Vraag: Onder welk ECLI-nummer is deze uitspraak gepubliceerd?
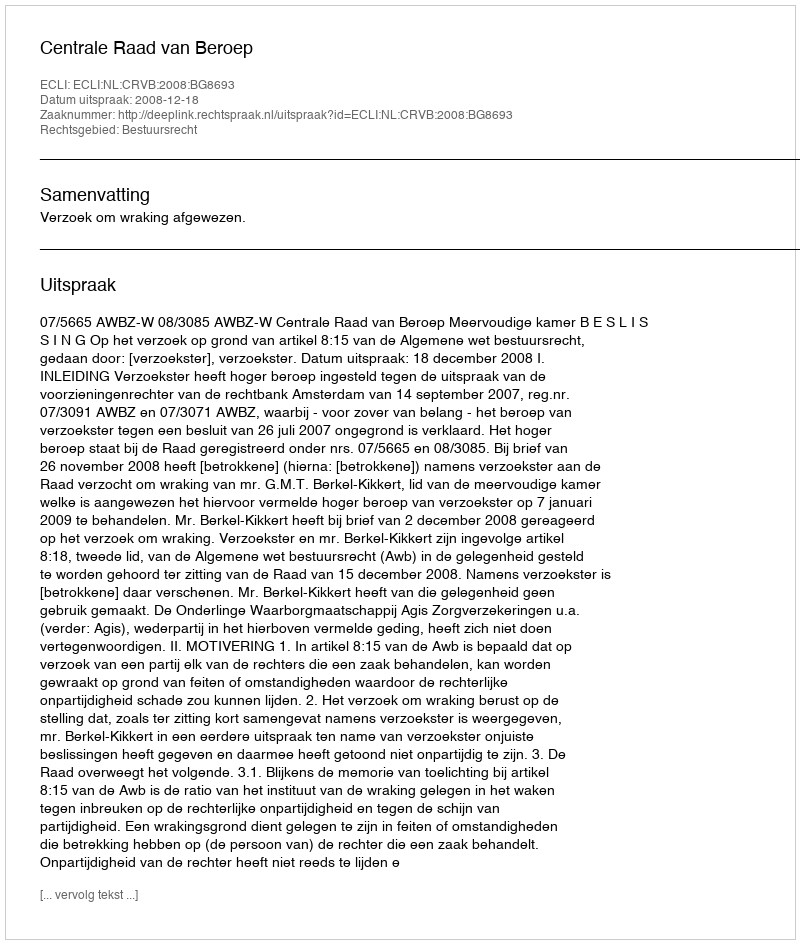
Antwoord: ECLI:NL:CRVB:2008:BG8693